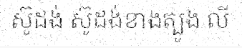
ស៊ូដង់ ស៊ូដង់ខាងត្បូង លី